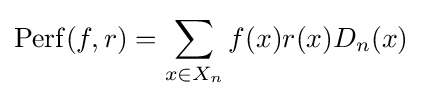
\operatorname {Perf} (f,r)=\sum _{x\in X_{n}}f(x)r(x)D_{n}(x)